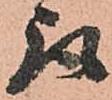
取